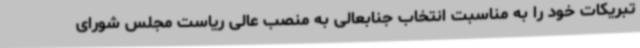
تبریکات خود را به مناسبت انتخاب جنابعالی به منصب عالی ریاست مجلس شورای